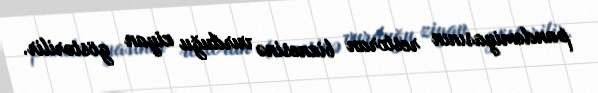
pandemiyasının restoran biznesinə vurduğu ziyan göstərilir.